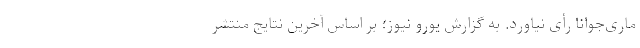
ماری‌جوانا رأی نیاورد. به گزارش یورو نیوز؛ بر اساس آخرین نتایج منتشر